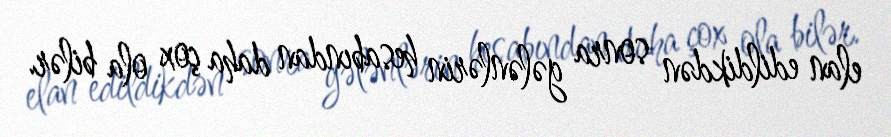
elan edildikdən sonra gələnlərin hesabından daha çox ola bilər.